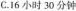
C.16小时30分钟